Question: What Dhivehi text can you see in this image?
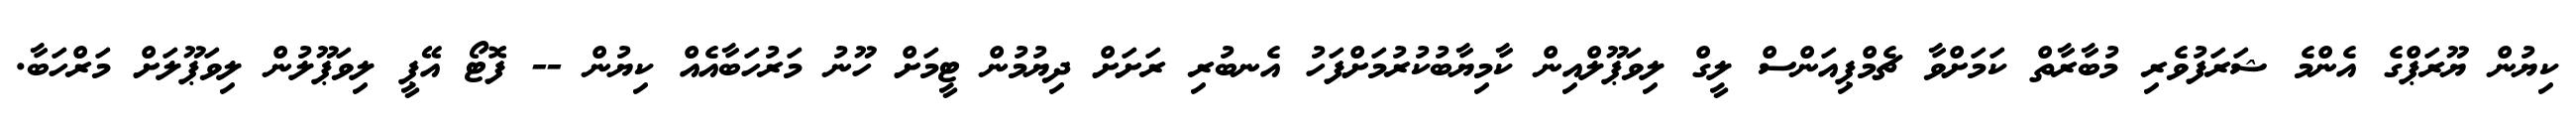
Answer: ކިޔުން ޔޫރަޕްގެ އެންމެ ޝަރަފުވެރި މުބާރާތް ކަމަށްވާ ޗެމްޕިއަންސް ލީގް ލިވަޕޫލްއިން ކާމިޔާބުކުރުމަށްފަހު އެނބުރި ރަށަށް ދިޔުމުން ޓީމަށް ހޫނު މަރުހަބާއެއް ކިޔުން -- ފޮޓޯ އޭޕީ ލިވަޕޫލުން ލިވަޕޫލަށް މަރްހަބާ.